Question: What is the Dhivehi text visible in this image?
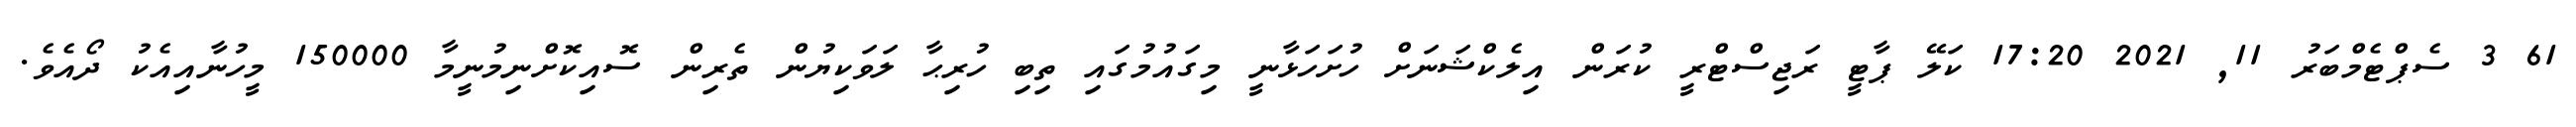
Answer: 61 3 ސެޕްޓެމްބަރު 11, 2021 17:20 ކަލޭ ޕާޓީ ރަޖިސްޓްރީ ކުރަން އިލެކްޝަނަށް ހުށަހަޅާނީ މިގައުމުގައި ތިބި ހުރިޙާ ލަވަކިޔުން ތެރިން ސޮއިކޮށްނިމުނީމާ 150000 މީހުނާއިއެކު ދޯއެވެ.